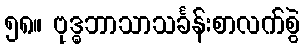
၅၈။ ဗုဒ္ဓဘာသာသင်္ခန်းစာလက်စွဲ